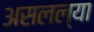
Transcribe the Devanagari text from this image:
असलल्या